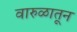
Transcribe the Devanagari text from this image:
वारुळातून